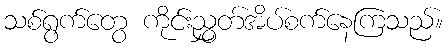
သစ်ရွက်တွေ ကိုင်းညွှတ်အိပ်စက်နေကြသည်။